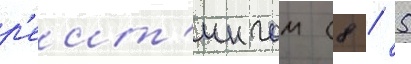
р'еит'ингом (8 / 5